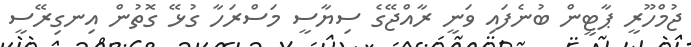
ޖުމްހޫރީ ޕާޓީން ބުނެފައި ވަނީ ރާއްޖޭގެ ސިޔާސީ މަސްރަހާ ގުޅޭ ގޮތުން އިނގިރޭސީ